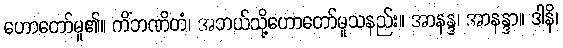
ဟောတော်မူ၏။ ကိံဘဏိတံ၊ အဘယ်သို့ဟောတော်မူသနည်း။ အာနန္ဒ၊ အာနန္ဒာ။ ဒါနိ၊